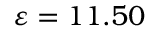
\varepsilon = 1 1 . 5 0